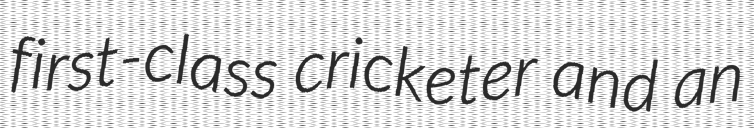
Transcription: first-class cricketer and an